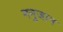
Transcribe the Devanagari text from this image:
मनुजान